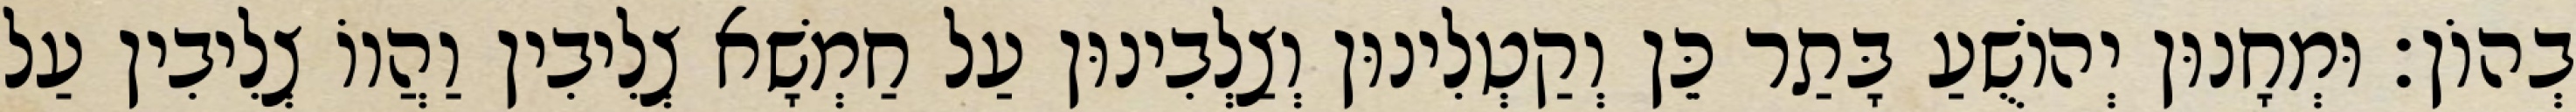
בְהוֹן׃ וּמְחָנוּן יְהוֹשֻׁעַ בָּתַר כֵּן וְקַטְלִינוּן וְצַלְבִינוּן עַל חַמְשָׁא צְלִיבִין וַהֲווֹ צְלִיבִין עַל